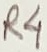
Text: R4